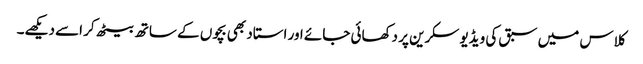
کلاس میں سبق کی ویڈیو سکرین پر دکھائی جائے اور استاد بھی بچوں کے ساتھ بیٹھ کر اسے دیکھے۔